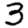
Digit: 3